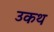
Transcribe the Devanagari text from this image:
उकथ